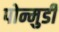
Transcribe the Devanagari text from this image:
पोन्मुडी